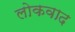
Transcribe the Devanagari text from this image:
लोकवाद